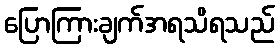
ပြောကြားချက်အရသိရသည်